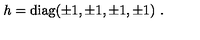
h = \mathrm { d i a g } ( \pm 1 , \pm 1 , \pm 1 , \pm 1 ) \ .